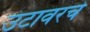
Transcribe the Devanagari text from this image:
उंटावरचे